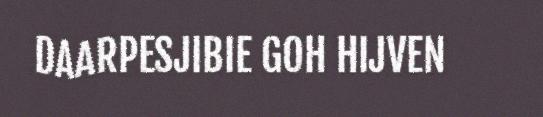
DAARPESJIBIE GOH HIJVEN